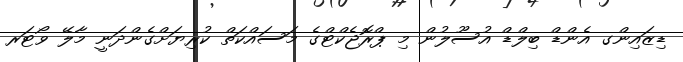
ޑިޒައިންގ އެންޑް ބިލްޑް އުސޫލުން މި ޕްރޮޖެކްޓްގެ މަސައްކަތް ކުރިޔަށްގެންދަނީ މާލޭ ވޯޓަރ